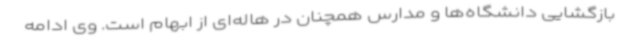
بازگشایی دانشگاه‌ها و مدارس همچنان در هاله‌ای از ابهام است. وی ادامه